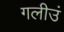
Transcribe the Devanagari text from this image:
गलीउं